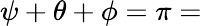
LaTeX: \psi+\theta+\phi=\pi=